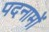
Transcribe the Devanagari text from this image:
पदनामों